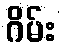
ဂိမ်း